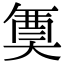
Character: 𭑟